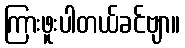
ကြားဖူးပါတယ်ခင်ဗျာ။